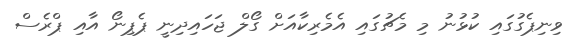
ވިނިޕެގުގައި ކުޅުނު މި މެޗުގައި އެމެރިކާއަށް ގޯލް ޖަހައިދިނީ ޕެޕިނޯ އާއި ޕްރެސް